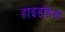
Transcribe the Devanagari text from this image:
हाइडफेल्ड